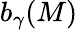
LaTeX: b_{\gamma}(M)